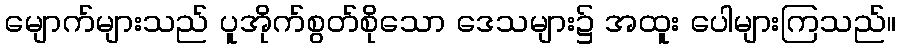
မျောက်များသည် ပူအိုက်စွတ်စိုသော ဒေသများ၌ အထူး ပေါများကြသည်။